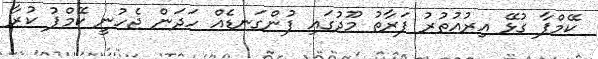
ކޭމްޕާ ގުޅޭ އިރުއުތުރު ފަރާތު މޫދުގައި ފުންގަނޑެއް ހަދަން ޖެހުނީ ކޭމްޕު ކުރާ